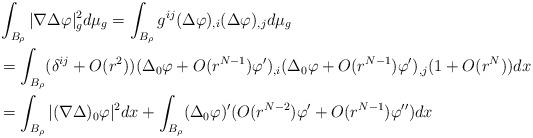
LaTeX: \begin{align*}&\int_{B_\rho}|\nabla\Delta\varphi|_g^2d\mu_g =\int_{B_\rho}g^{ij}(\Delta\varphi)_{,i}(\Delta\varphi)_{,j}d\mu_g \\&= \int_{B_\rho}(\delta^{ij}+O(r^2))(\Delta_0\varphi+O(r^{N-1})\varphi')_{,i}(\Delta_0\varphi+O(r^{N-1})\varphi')_{,j}(1+O(r^N))dx \\&= \int_{B_\rho}|(\nabla\Delta)_0\varphi|^2dx+\int_{B_\rho}(\Delta_0\varphi)'(O(r^{N-2})\varphi'+O(r^{N-1})\varphi'')dx\end{align*}